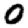
Digit: 0